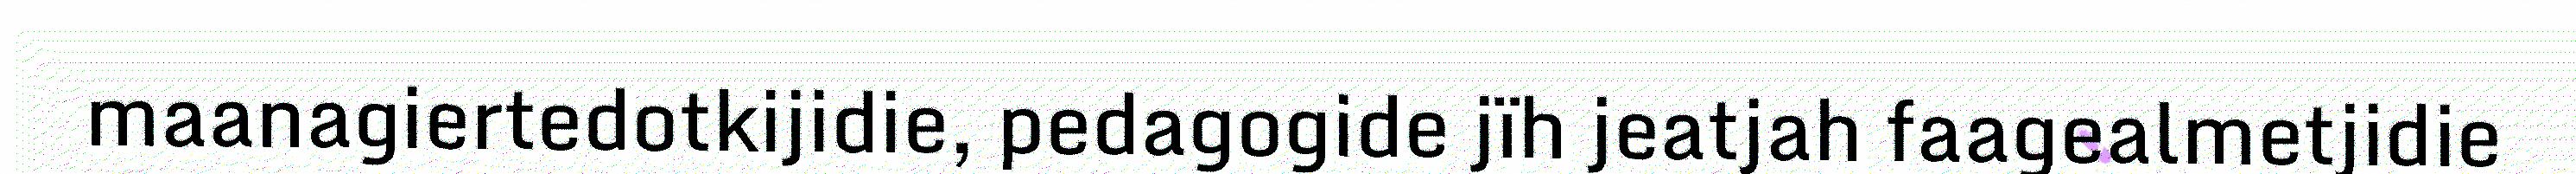
maanagiertedotkijidie, pedagogide jïh jeatjah faagealmetjidie